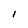
Character: l